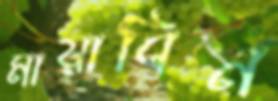
মায়াবিন